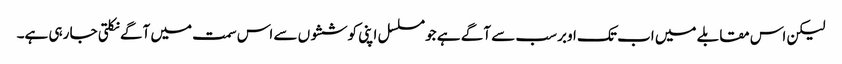
لیکن اس مقابلے میں اب تک اوبر سب سے آگے ہے جو مسلسل اپنی کوششوں سے اس سمت میں آگے نکلتی جا رہی ہے۔